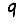
Digit: 9